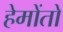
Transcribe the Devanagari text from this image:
हेमोंतो